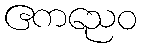
ဧကညေဝ